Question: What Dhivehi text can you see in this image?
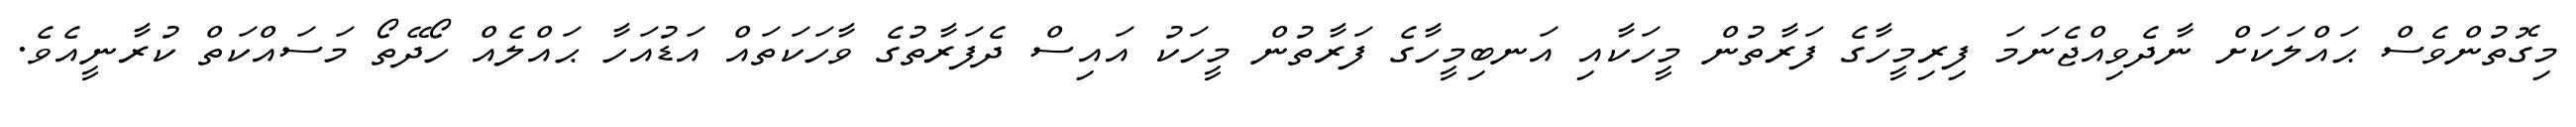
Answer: މިގޮތުންވެސް ޙައްލަކަށް ނާދެވިއްޖެނަމަ ފިރިމީހާގެ ފަރާތުން މީހަކާއި އަނބިމީހާގެ ފަރާތުން މީހަކު އައިސް ދެފަރާތުގެ ވާހަކަތައް އަޑުއަހާ ޙައްލެއް ހޯދޭތޯ މަސައްކަތް ކުރާނީއެވެ.